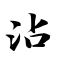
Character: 沾